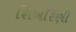
શિખરિણી